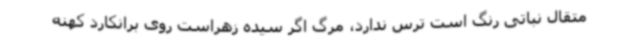
متقال نباتی رنگ است ترس ندارد، مرگ اگر سیده زهراست روی برانکارد کهنه